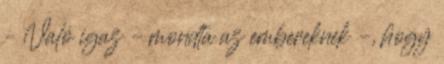
– Való igaz – mondta az embereknek –, hogy